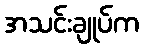
အသင်းချုပ်က